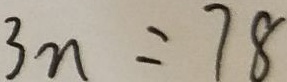
3 n = 7 8